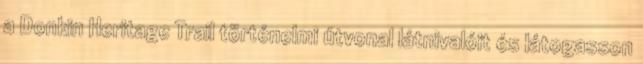
a Donkin Heritage Trail történelmi útvonal látnivalóit és látogasson